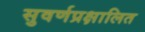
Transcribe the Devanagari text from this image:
सुवर्णप्रक्षालित